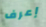
إعرف